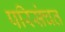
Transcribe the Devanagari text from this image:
परिसंचत